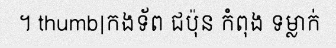
។ thumb|កងទ័ព ជប៉ុន កំពុង ទម្លាក់